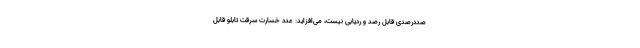
صددرصدی قابل رصد و ردیابی نیست، می‌افزاید: عدد خسارت سرقت تابلو قابل